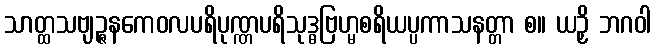
သာတ္ထသဗျဉ္ဇနကေဝလပရိပုဏ္ဏပရိသုဒ္ဓဗြဟ္မစရိယပ္ပကာသနတ္တာ စ။ ယဉှိ ဘဂဝါ